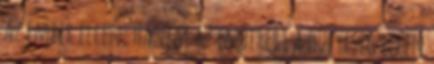
az ember ellen, hanem az emberért a hülyeség ellen